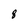
Character: 8